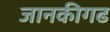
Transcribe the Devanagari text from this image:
जानकीगढ